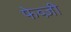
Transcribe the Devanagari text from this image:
फेव्ज़ी